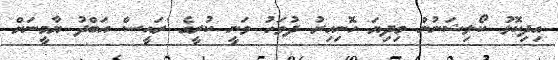
އިދިކޮޅު ކޯލިޝަނުން މިދިޔަ ހޮނިހިރު ދުވަހު ވަނީ ކުރީގެ ރައީސް އަބްދު ޔާމީނަށް